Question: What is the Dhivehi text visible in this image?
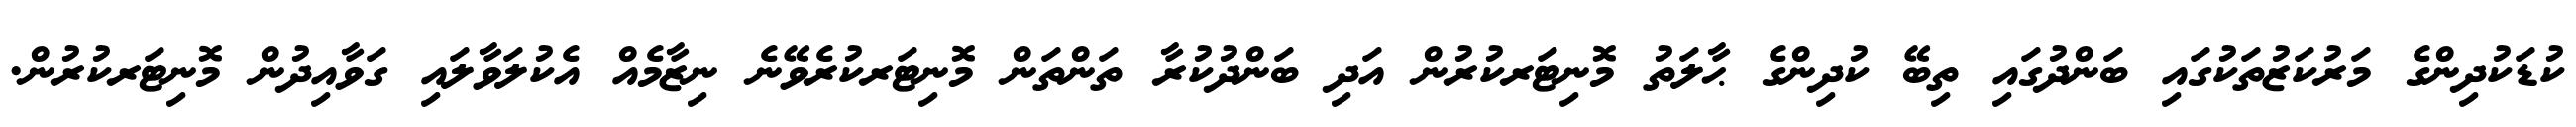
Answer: ކުޑަކުދިންގެ މަރުކަޒުތަކުގައި ބަންދުގައި ތިބޭ ކުދިންގެ ޙާލަތު މޮނިޓަރކުރުން އަދި ބަންދުކުރާ ތަންތަން މޮނިޓަރކުރެވޭނެ ނިޒާމެއް އެކުލަވާލައި ގަވާއިދުން މޮނިޓަރކުރުން.